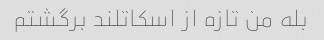
بله من تازه از اسکاتلند برگشتم